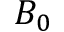
B _ { 0 }